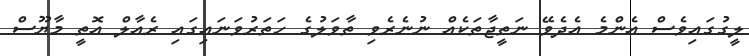
ލީގުގައިވެސް އެންމެ އެދެވޭ ނަތީޖާތަކެއް ނުނެރެވި ތާވަލުގެ ހަތަރުވަނައިގައި ރެއާލް އޮތީ މާޔޫސް